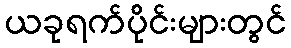
ယခုရက်ပိုင်းများတွင်